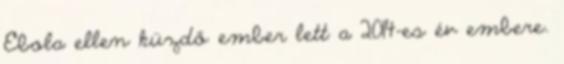
Ebola ellen küzdő ember lett a 2014-es év embere.